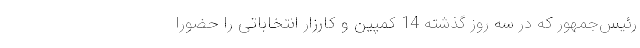
رئیس‌جمهور که در سه روز گذشته 14 کمپین و کارزار انتخاباتی را حضورا